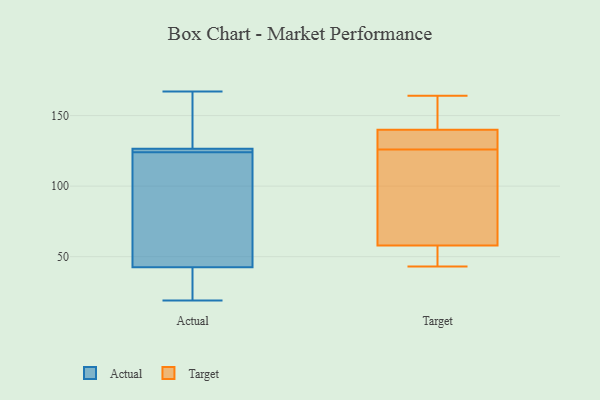
{"axis": {"x": "Active Users", "y": "Value"}, "legend": ["Actual", "Target"], "data": [{"x": "", "y": 62, "type": "Actual"}, {"x": "", "y": 127, "type": "Actual"}, {"x": "", "y": 125, "type": "Actual"}, {"x": "", "y": 19, "type": "Actual"}, {"x": "", "y": 167, "type": "Actual"}, {"x": "", "y": 131, "type": "Actual"}, {"x": "", "y": 124, "type": "Actual"}, {"x": "", "y": 117, "type": "Actual"}, {"x": "", "y": 36, "type": "Actual"}, {"x": "", "y": 35, "type": "Actual"}, {"x": "", "y": 125, "type": "Actual"}, {"x": "", "y": 43, "type": "Target"}, {"x": "", "y": 119, "type": "Target"}, {"x": "", "y": 58, "type": "Target"}, {"x": "", "y": 133, "type": "Target"}, {"x": "", "y": 140, "type": "Target"}, {"x": "", "y": 164, "type": "Target"}, {"x": "", "y": 108, "type": "Target"}, {"x": "", "y": 50, "type": "Target"}, {"x": "", "y": 141, "type": "Target"}, {"x": "", "y": 137, "type": "Target"}]}